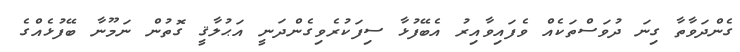
ގެންދަވާތާ ގިނަ ދުވަސްތަކެއް ވެފައިވާއިރު އެބޭފުޅާ ސިފަކުރެވިގެންދަނީ އަޙުލާޤީ ގޮތުން ނަމޫނާ ބޭފުޅެއްގެ